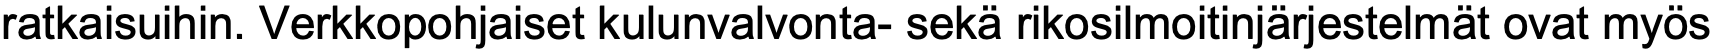
ratkaisuihin. Verkkopohjaiset kulunvalvonta- sekä rikosilmoitinjärjestelmät ovat myös